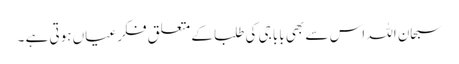
سبحان اللہ اس سے بھی بابا جی کی طلبا کے متعلق فکر عیاں ہوتی ہے ۔